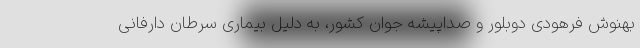
بهنوش فرهودی دوبلور و صداپیشه جوان کشور، به دلیل بیماری سرطان دارفانی